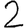
Digit: 2